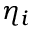
\eta _ { i }